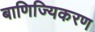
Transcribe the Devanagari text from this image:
बाणिज्यिकरण